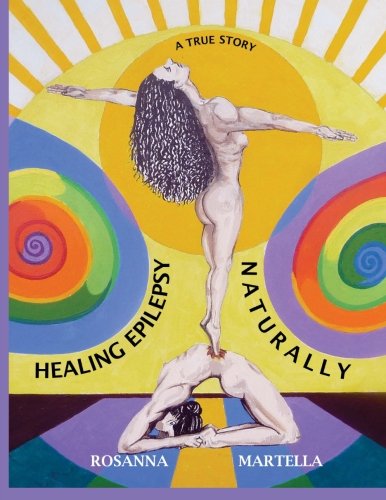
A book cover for Healing Epilepsy Naturally (The Health Mode Series); Rosanna Martella; Health, Fitness & Dieting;